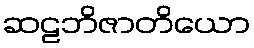
ဆဠဘိဇာတိယော